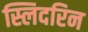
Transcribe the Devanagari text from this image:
स्लिदरिन